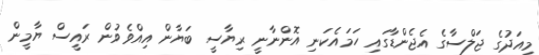
މިއަދުގެ ޖަލްސާގެ އެޖެންޑާގައި ހަމައެކަނި އޮންނާނީ ރިޔާސީ ބަޔާން އިއްވެވުން ރައީސް ޔާމީން